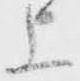
上